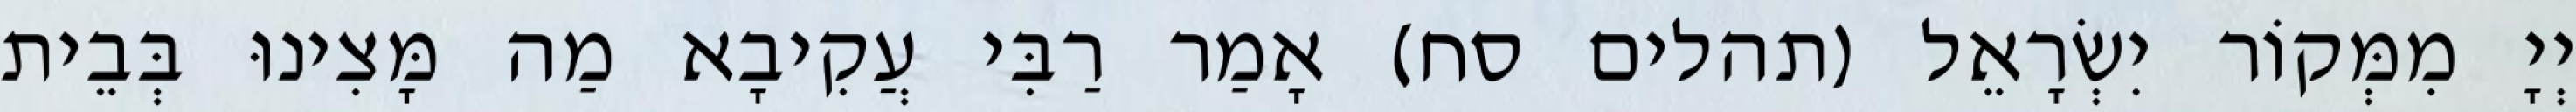
יְיָ מִמְּקוֹר יִשְׂרָאֵל (תהלים סח) אָמַר רַבִּי עֲקִיבָא מַה מָּצִינוּ בְּבֵית